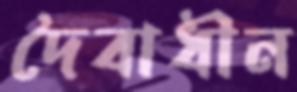
দৈবাধীন